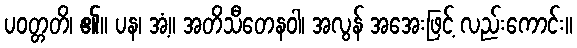
ပဝတ္တတိ၊ ၏။ ပန၊ အံ့။ အတိသီတေနဝါ၊ အလွန် အအေးဖြင့် လည်းကောင်း။